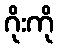
ဂိုးကို